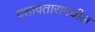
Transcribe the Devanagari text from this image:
दशावतारामधील